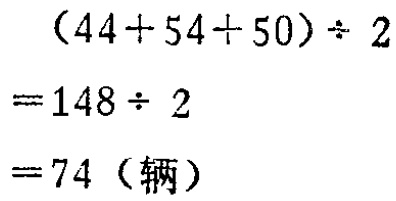
\[(44 + 54 + 50) \div 2 = 148 \div 2 = 74 (\text{辆})\]